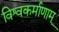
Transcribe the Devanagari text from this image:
विश्वकर्माणाम्